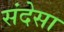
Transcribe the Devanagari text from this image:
संदेसा